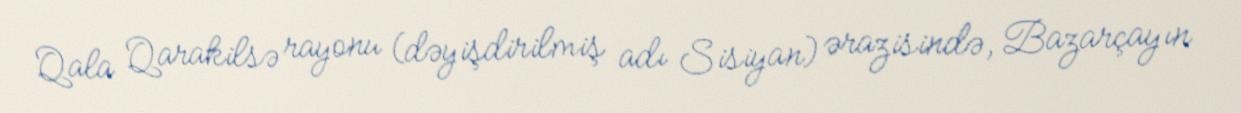
Qala Qarakilsə rayonu (dəyişdirilmiş adı Sisiyan) ərazisində, Bazarçayın